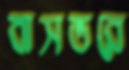
বাসভরে